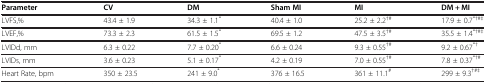
<table><thead><tr><td><b>Parameter</b></td><td><b>CV</b></td><td><b>DM</b></td><td><b>Sham MI</b></td><td><b>MI</b></td><td><b>DM + MI</b></td></tr></thead><tbody><tr><td>LVFS,%</td><td>43.4 ± 1.9</td><td>34.3 ± 1.1<sup>*</sup></td><td>40.4 ± 1.0</td><td>25.2 ± 2.2<sup>†#</sup></td><td>17.9 ± 0.7<sup>*†#‡</sup></td></tr><tr><td>LVEF,%</td><td>73.3 ± 2.3</td><td>61.5 ± 1.5<sup>*</sup></td><td>69.5 ± 1.2</td><td>47.5 ± 3.5<sup>†#</sup></td><td>35.5 ± 1.4<sup>*†#‡</sup></td></tr><tr><td>LVIDd, mm</td><td>6.3 ± 0.22</td><td>7.7 ± 0.20<sup>*</sup></td><td>6.6 ± 0.24</td><td>9.3 ± 0.55<sup>†#</sup></td><td>9.2 ± 0.67<sup>*†</sup></td></tr><tr><td>LVIDs, mm</td><td>3.6 ± 0.23</td><td>5.1 ± 0.17<sup>*</sup></td><td>4.2 ± 0.19</td><td>7.0 ± 0.55<sup>†#</sup></td><td>7.8 ± 0.37<sup>*†#</sup></td></tr><tr><td>Heart Rate, bpm</td><td>350 ± 23.5</td><td>241 ± 9.0<sup>*</sup></td><td>376 ± 16.5</td><td>361 ± 11.1<sup>#</sup></td><td>299 ± 9.3<sup>†#‡</sup></td></tr></tbody></table>